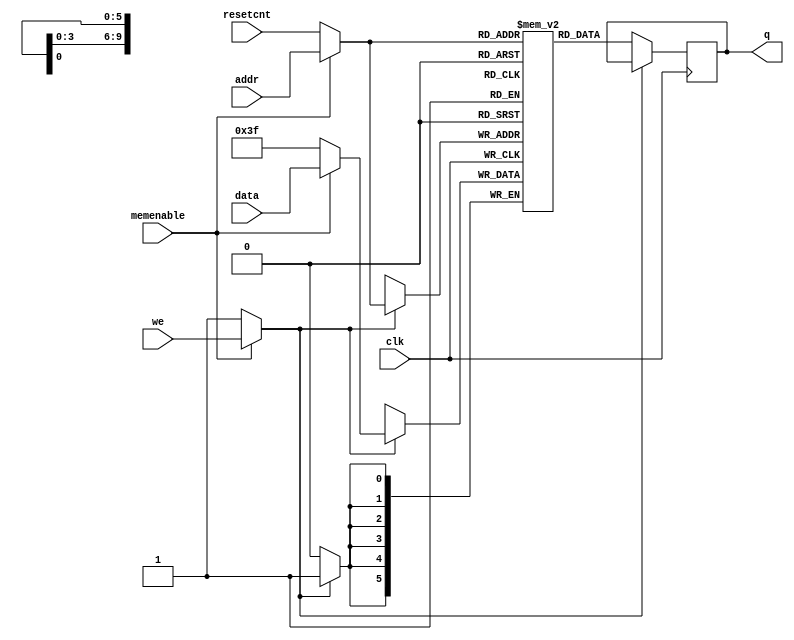
module single_port_ram
#( parameter  RAMLENGTH=800, //RAMLENGTH*DATAWIDTH = 4800 = 80x60 RAM RESOLUTION
				  DATA_WIDTH=6,
				  ADDR_WIDTH=10
 )
(
	input [DATA_WIDTH-1:0]data,		//RAM words' write input			
	input [ADDR_WIDTH-1:0] addr,				 //ln(RAMLENGTH)/ln(2)
	input we, clk, memenable,
	input [ADDR_WIDTH-1:0] resetcnt,
	output reg [DATA_WIDTH-1:0]q	//RAM words' read input
);

	(* ramstyle = "M9K" *) reg  [DATA_WIDTH-1:0]ramblock[RAMLENGTH-1:0] ;
	//(* ramstyle = "M9K" *) - synthesis attribute for making ramblocks of Altera M9K memory blocks
	// !!! Not sure in its usefullness
	
	// Variable to hold the registered read address, write data, and we
	//reg [ADDR_WIDTH-1:0] addr_reg;
	//reg [DATA_WIDTH-1:0] data_reg;
	//reg we_reg;

    wire [ADDR_WIDTH-1:0] addr_x;
    wire [DATA_WIDTH-1:0] data_x;
    wire                  we_x;

    assign addr_x = (memenable) ? addr : resetcnt;
    assign data_x = (memenable) ? data : '1;
    assign we_x   = (memenable) ? we   : 1;
	 
	always @ (posedge clk)begin
	//addr_reg <= addr_x;
	//we_reg<=we_x;
	//data_reg <= data_x;
	if (we_x) ramblock[addr_x]<=data_x;
	else q <= ramblock[addr_x];
	end
	
	// Continuous assignment implies read returns NEW data.
	// This is the natural behavior of the TriMatrix memory
	// blocks in Single Port mode.  
	//assign q = ramblock[addr_reg];
	
endmodule